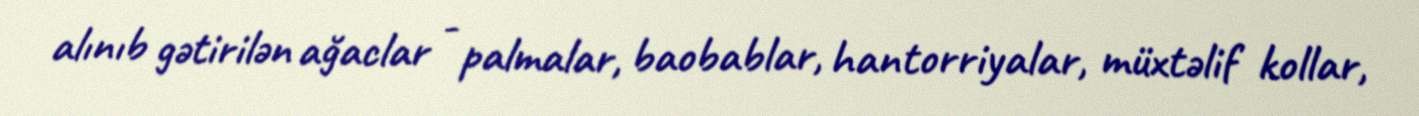
alınıb gətirilən ağaclar - palmalar, baobablar, hantorriyalar, müxtəlif kollar,